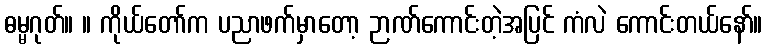
ဓမ္မဂုတ်။ ။ ကိုယ်တော်က ပညာဖက်မှာတော့ ဉာဏ်ကောင်းတဲ့အပြင် ကံလဲ ကောင်းတယ်နော်။